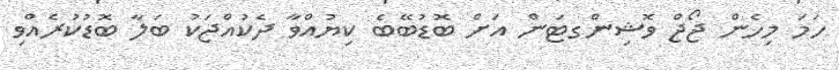
ހަމަ މިހެން ޖޯޖް ވޮޝިންގޓަން އަށް ބޮޑުބޭބެ ކިޔުއްވާ ދެކުއްޖަކު ބަލާ ބޮޑުކުރެއްވި